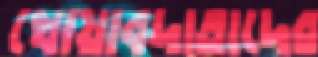
খোয়াবদাতাদের